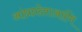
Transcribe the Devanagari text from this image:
आंध्रप्रदेशआणि